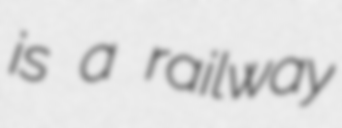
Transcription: is a railway